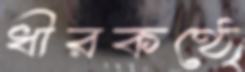
ধীরকণ্ঠে